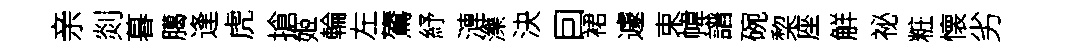
亲剡暮臈逢虎搶姬輪左鷟紓漣濼決囙裙遽束幃譜碗棃座觧祕粧懐劣